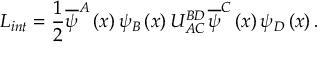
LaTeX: L _ { i n t } = \frac { 1 } { 2 } \overline { { { \psi } } } ^ { A } \left( x \right) \psi _ { B } \left( x \right) U _ { A C \, } ^ { B D } \overline { { { \psi } } } ^ { C } \left( x \right) \psi _ { D } \left( x \right) .